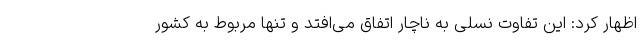
اظهار کرد: این تفاوت نسلی به ناچار اتفاق می‌افتد و تنها مربوط به کشور